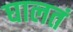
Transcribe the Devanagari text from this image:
घालतं